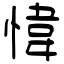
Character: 愇